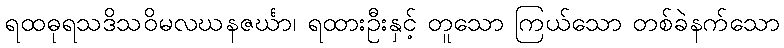
ရထဓုရသဒိသဝိမလဃနဇင်္ဃာ၊ ရထားဦးနှင့် တူသော ကြယ်သော တစ်ခဲနက်သော